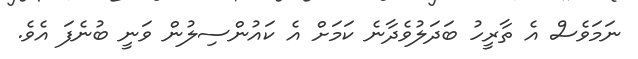
ނަމަވެސް އެ ތާރީހު ބަދަލުވެދާނެ ކަމަށް އެ ކައުންސިލުން ވަނީ ބުނެފަ އެވެ.